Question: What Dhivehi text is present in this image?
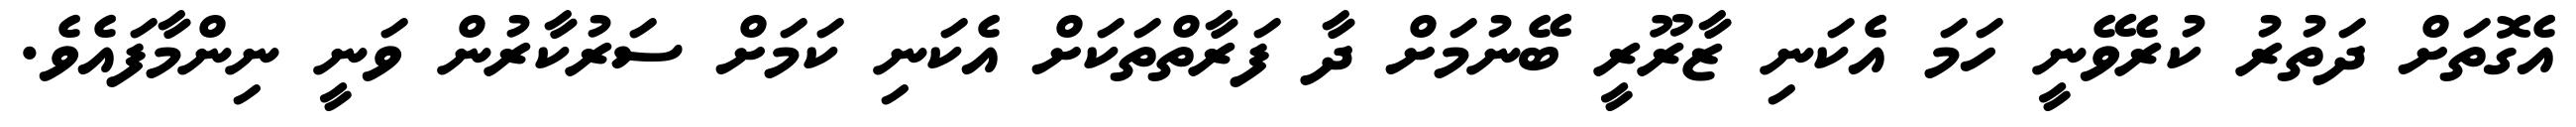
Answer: އެގޮތަށް ދަތުރު ކުރެވޭނީ ހަމަ އެކަނި ޒާރޫރީ ބޭނުމަށް ދާ ފަރާތްތަކަށް އެކަނި ކަމަށް ސަރުކާރުން ވަނީ ނިންމާފައެވެ.